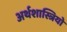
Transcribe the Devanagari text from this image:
अर्थशास्त्रियो